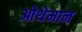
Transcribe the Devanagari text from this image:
ओथेमान